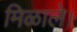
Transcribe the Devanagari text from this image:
मिळाले।